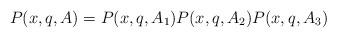
LaTeX: \begin{align*}P(x,q,A) = P(x,q,A_1)P(x,q,A_2)P(x,q,A_3)\end{align*}